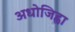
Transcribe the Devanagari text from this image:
अधोजिह्वा